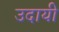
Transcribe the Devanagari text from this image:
उदायी